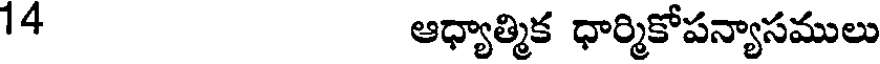
14 ఆధ్యాత్మిక ధార్మికోపన్యాసములు